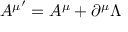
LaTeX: { A ^ { \mu } } ^ { \prime } = A ^ { \mu } + \partial ^ { \mu } \Lambda